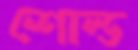
শোল্ড